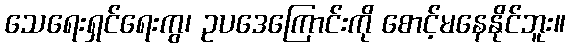
သေရေးရှင်ရေးကွ၊ ဥပဒေကြောင်းကို စောင့်မနေနိုင်ဘူး။